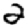
Digit: 2